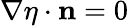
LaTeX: \nabla\eta\cdot\mathbf{n}=0